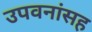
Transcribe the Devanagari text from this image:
उपवनांसह